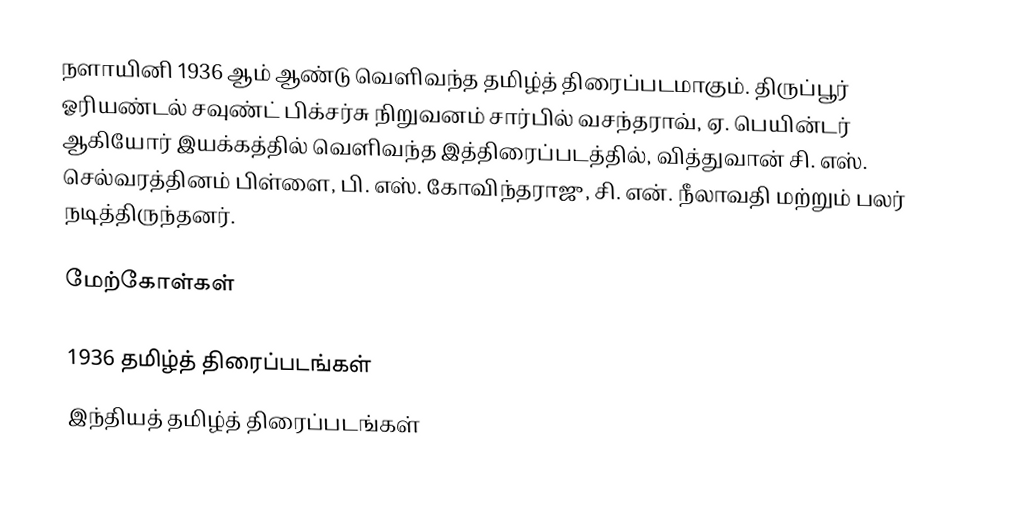
நளாயினி 1936 ஆம் ஆண்டு வெளிவந்த தமிழ்த் திரைப்படமாகும். திருப்பூர் ஓரியண்டல் சவுண்ட் பிக்சர்சு நிறுவனம் சார்பில் வசந்தராவ், ஏ. பெயின்டர் ஆகியோர் இயக்கத்தில் வெளிவந்த இத்திரைப்படத்தில், வித்துவான் சி. எஸ். செல்வரத்தினம் பிள்ளை, பி. எஸ். கோவிந்தராஜு, சி. என். நீலாவதி மற்றும் பலர் நடித்திருந்தனர்.

மேற்கோள்கள்

1936 தமிழ்த் திரைப்படங்கள்
இந்தியத் தமிழ்த் திரைப்படங்கள்